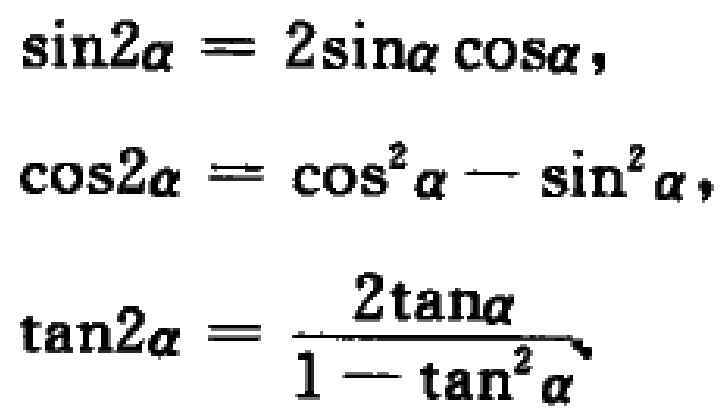
\[\begin{align*}

\sin2\alpha&=2\sin\alpha\cos\alpha,\\

\cos2\alpha&=\cos^{2}\alpha - \sin^{2}\alpha,\\

\tan2\alpha&=\frac{2\tan\alpha}{1 - \tan^{2}\alpha}

\end{align*}\]